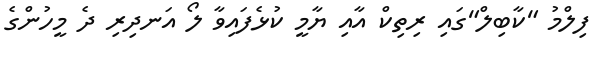
ފިލްމު "ކާބިލް"ގައި ރިތިކް އާއި ޔާމީ ކުޅެފައިވާ ލޯ އަނދިރި ދެ މީހުންގެ